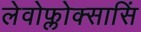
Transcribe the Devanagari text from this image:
लेवोफ्लोक्सासिं